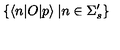
\{ \langle n | O | p \rangle \: | n \in \Sigma _ { s } ^ { \prime } \}